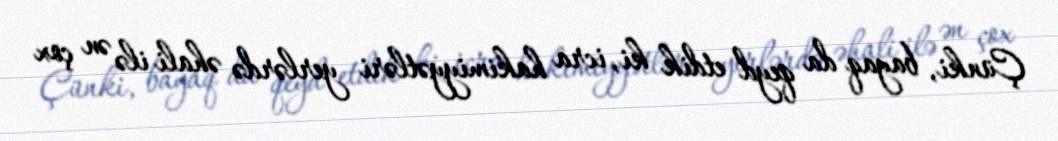
Çünki, bayaq da qeyd etdik ki, icra hakimiyyətləri yerlərdə əhali ilə ən çox